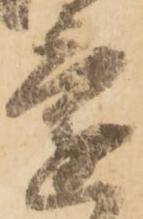
還